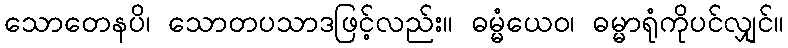
သောတေနပိ၊ သောတပသာဒဖြင့်လည်း။ ဓမ္မံယေဝ၊ ဓမ္မာရုံကိုပင်လျှင်။